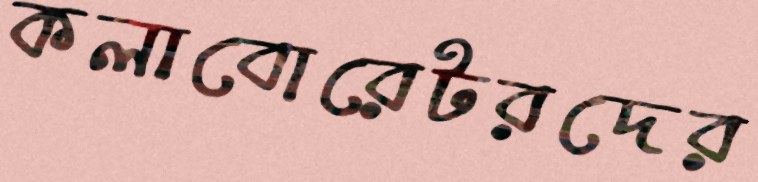
কলাবোরেটরদের